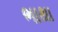
ભાથા